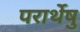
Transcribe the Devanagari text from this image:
परार्थेषु